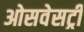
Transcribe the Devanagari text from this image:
ओसवेसट्री